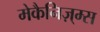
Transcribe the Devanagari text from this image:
मेकैनिज़्म्स